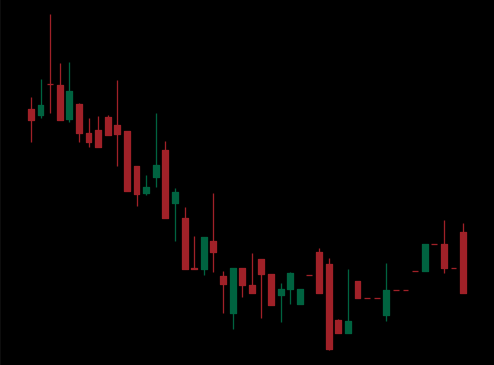
Pattern: bull_flag